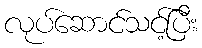
လုပ်ဆောင်သင့်ပြီး